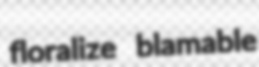
floralize blamable